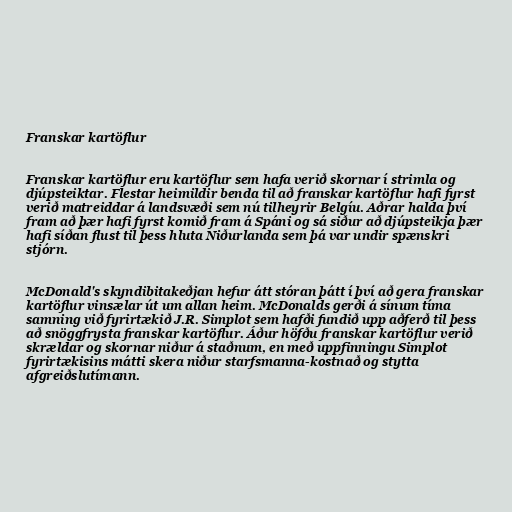
Franskar kartöflur

Franskar kartöflur eru kartöflur sem hafa verið skornar í strimla og
djúpsteiktar. Flestar heimildir benda til að franskar kartöflur hafi fyrst
verið matreiddar á landsvæði sem nú tilheyrir Belgíu. Aðrar halda því
fram að þær hafi fyrst komið fram á Spáni og sá siður að djúpsteikja þær
hafi síðan flust til þess hluta Niðurlanda sem þá var undir spænskri
stjórn.

McDonald's skyndibitakeðjan hefur átt stóran þátt í því að gera franskar
kartöflur vinsælar út um allan heim. McDonalds gerði á sínum tíma
samning við fyrirtækið J.R. Simplot sem hafði fundið upp aðferð til þess
að snöggfrysta franskar kartöflur. Áður höfðu franskar kartöflur verið
skrældar og skornar niður á staðnum, en með uppfinningu Simplot
fyrirtækisins mátti skera niður starfsmanna-kostnað og stytta
afgreiðslutímann.